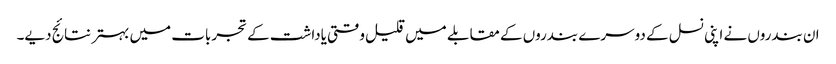
ان بندروں نے اپنی نسل کے دوسرے بندروں کے مقابلے میں قلیل وقتی یاداشت کے تجربات میں بہتر نتائج دیے۔